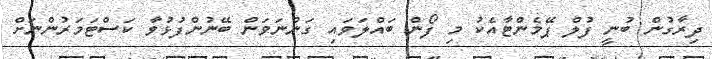
ދިރާގުން ބުނީ ފުލް ޕޭމެންޓާއެކު މި ފޯން ބައްލަވައި ގަންނަވަން ބޭނުންފުޅުވާ ކަސްޓަމަރުންނަށް